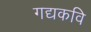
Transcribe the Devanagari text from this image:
गद्यकवि